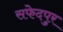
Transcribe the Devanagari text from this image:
सफेदपुर